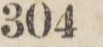
304